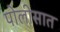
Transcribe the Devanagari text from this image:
पोलीसात